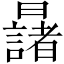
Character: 𣌆